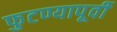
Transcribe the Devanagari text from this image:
फुटण्यापूर्वी